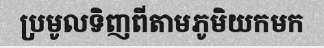
ប្រមូលទិញពីតាមភូមិយកមក